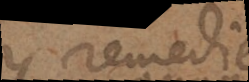
y remedier.